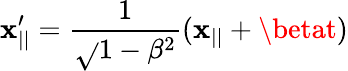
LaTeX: \mathbf{x}_{||}^{\prime}=\frac{{1}}{{\sqrt{}{{1-\beta^{2}}}}}(\mathbf{x}_{||}+\betat)